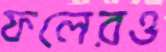
ফলেরও